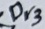
Text: Dr3